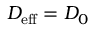
D _ { \mathrm { e f f } } = D _ { 0 }